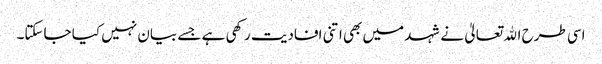
اسی طرح اﷲ تعالیٰ نے شہد میں بھی اتنی افادیت رکھی ہے جسے بیان نہیں کیا جاسکتا۔